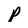
Character: p